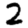
Digit: 2